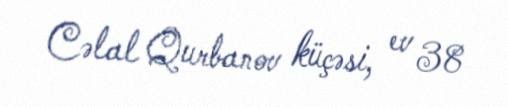
Cəlal Qurbanov küçəsi, ev 38